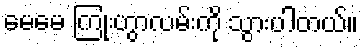
မေမေ ကြုံးဟွာလမ်းကို သွားပါတယ်။